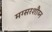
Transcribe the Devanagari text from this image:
मग्सरशौय्न